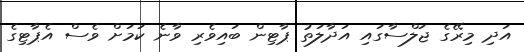
އަދި މިރޭގެ ޖަލްސާގައި އަދާލަތު ޕާޓިން ބައިވެރި ވާނެ ކަމަށް ވެސް އެޕާޓިގެ